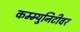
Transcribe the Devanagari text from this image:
कम्म्युनिटीवर